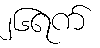
၂၆ရက်